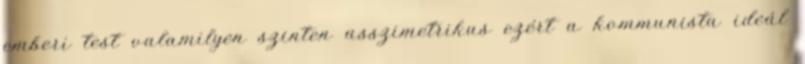
emberi test valamilyen szinten asszimetrikus ezért a kommunista ideál